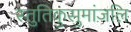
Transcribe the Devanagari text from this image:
स्तुतिकुसुमांजलि